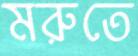
মরুতে